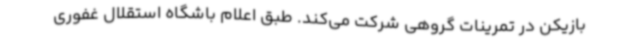
بازیکن در تمرینات گروهی شرکت می‌کند. طبق اعلام باشگاه استقلال غفوری